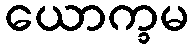
ယောက္ခမ